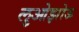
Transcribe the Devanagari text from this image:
लुओझोऊ